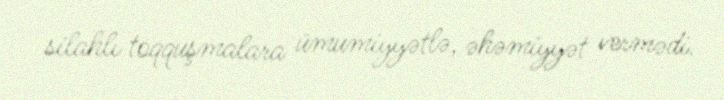
silahlı toqquşmalara ümumiyyətlə, əhəmiyyət vermədi.